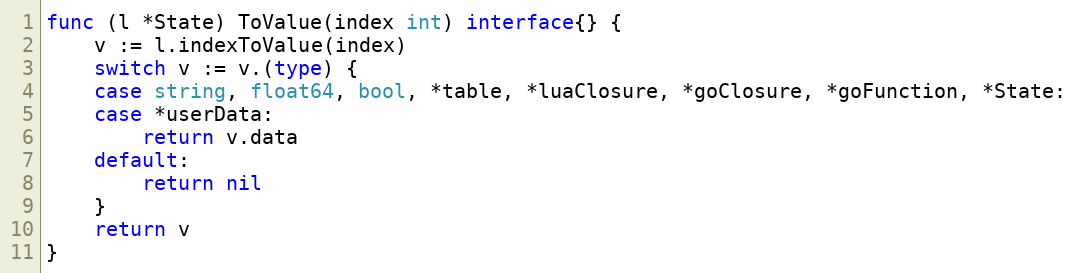
Language: Go
func (l *State) ToValue(index int) interface{} {
	v := l.indexToValue(index)
	switch v := v.(type) {
	case string, float64, bool, *table, *luaClosure, *goClosure, *goFunction, *State:
	case *userData:
		return v.data
	default:
		return nil
	}
	return v
}